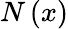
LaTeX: N\left(x\right)